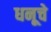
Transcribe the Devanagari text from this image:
धनूचे